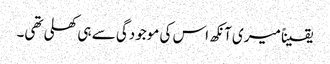
یقیناً میری آنکھ اس کی موجودگی سے ہی کھلی تھی۔